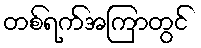
တစ်ရက်အကြာတွင်